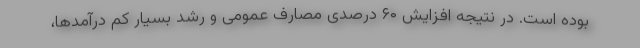
بوده است. در نتیجه افزایش ۶۰ درصدی مصارف عمومی و رشد بسیار کم درآمدها،